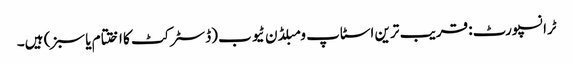
ٹرانسپورٹ: قریب ترین اسٹاپ ومبلڈن ٹیوب (ڈسٹرکٹ کا اختتام یا سبز) ہیں۔